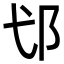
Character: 𮟪